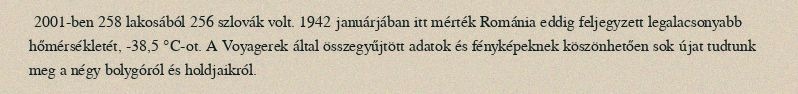
2001-ben 258 lakosából 256 szlovák volt. 1942 januárjában itt mérték Románia eddig feljegyzett legalacsonyabb hőmérsékletét, -38,5 °C-ot. A Voyagerek által összegyűjtött adatok és fényképeknek köszönhetően sok újat tudtunk meg a négy bolygóról és holdjaikról.